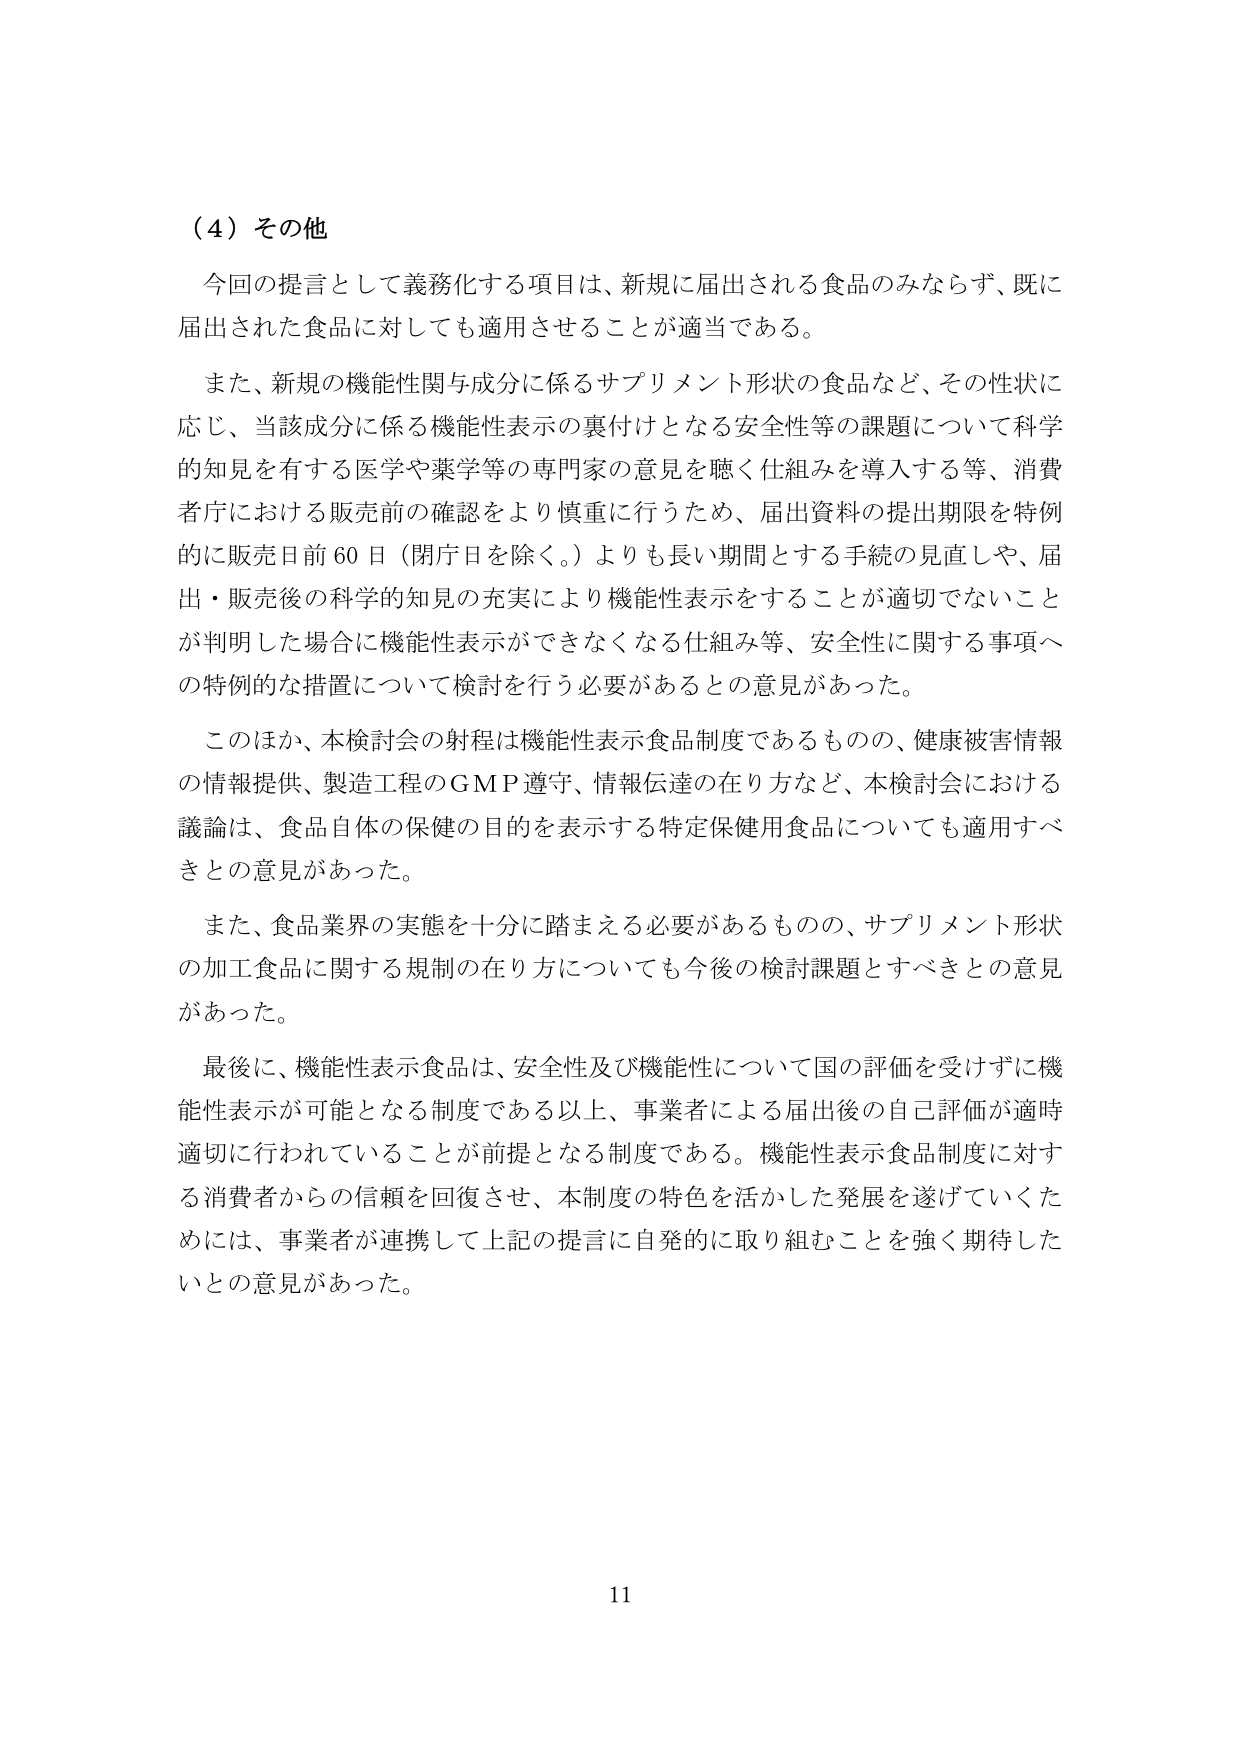
（４）その他

今回の提言として義務化する項目は、新規に届出される食品のみならず、既に届出された食品に対しても適用させることが適当である。

また、新規の機能性関与成分に係るサプリメント形状の食品など、その性状に応じ、当該成分に係る機能性表示の裏付けとなる安全性等の課題について科学的知見を有する医学や薬学等の専門家の意見を聴く仕組みを導入する等、消費者庁における販売前の確認をより慎重に行うため、届出資料の提出期限を特例的に販売日前60日（閉庁日を除く。）よりも長い期間とする手続の見直しや、届出・販売後の科学的知見の充実により機能性表示をすることが適切でないことが判明した場合に機能性表示ができなくなる仕組み等、安全性に関する事項への特例的な措置について検討を行う必要があるとの意見があった。

このほか、本検討会の射程は機能性表示食品制度であるものの、健康被害情報の情報提供、製造工程のGMP遵守、情報伝達の在り方など、本検討会における議論は、食品自体の保健の目的を表示する特定保健用食品についても適用すべきとの意見があった。

また、食品業界の実態を十分に踏まえる必要があるものの、サプリメント形状の加工食品に関する規制の在り方についても今後の検討課題とすべきとの意見があった。

最後に、機能性表示食品は、安全性及び機能性について国の評価を受けずに機能性表示が可能となる制度である以上、事業者による届出後の自己評価が適時適切に行われていることが前提となる制度である。機能性表示食品制度に対する消費者からの信頼を回復させ、本制度の特色を活かした発展を遂げていくためには、事業者が連携して上記の提言に自発的に取り組むことを強く期待したいとの意見があった。

11